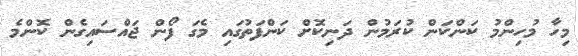
މިހާ މުހިންމު ކަންކަން ކުރަމުން ދަނިކޮށް ކަންފަތުގައި މެގަ ފޯން ޖައްސައިގެން ކޮންމެ